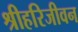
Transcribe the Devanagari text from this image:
श्रीहरिजीवन